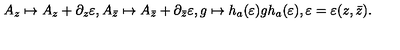
A _ { z } \mapsto A _ { z } + \partial _ { z } \varepsilon , A _ { \bar { z } } \mapsto A _ { \bar { z } } + \partial _ { \bar { z } } \varepsilon , g \mapsto h _ { a } ( \varepsilon ) g h _ { a } ( \varepsilon ) , \varepsilon = \varepsilon ( z , \bar { z } ) .